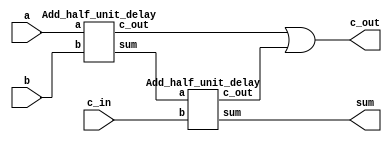
module Add_full_unit_delay (sum, c_out, a, b, c_in);
  output 		sum, c_out;
  input 			a, b, c_in;
  wire 			w1, w2, w3, w4;

  Add_half_unit_delay 		M1 (w1, w2, a, b);
  Add_half_unit_delay		M2 (sum, w3, w1, c_in);
  or	 	#1 	M3 (c_out, w2, w3);
endmodule
 
module Add_half_unit_delay (sum, c_out, a, b);
  output 	sum, c_out;
  input 		a, b;
  wire 		c_out;

  xor 		#1 	M1 (sum, a, b);  
  and 		#1 	M2 (c_out, a, b);
endmodule

module t_Add_full_unit_delay ();
  wire 			sum, c_out;
  reg 			a, b, c_in;

  Add_full_unit_delay M1 (sum, c_out, a, b, c_in);

  initial #160 $finish;
  initial begin
    #10 c_in = 0;
    #10 a = 0; b = 0; 
    #10 a = 0; b = 1;
    #10 a = 1; b = 1;
    #10 a = 1; b = 0;
    #10 c_in = 1;
    #10 a = 0; b = 0; 
    #10 a = 0; b = 1;
    #10 a = 1; b = 1;
    #10 a = 1; b = 0;
  end
endmodule